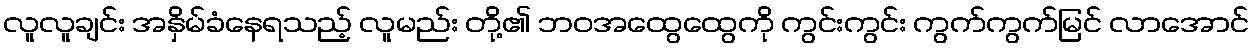
လူလူချင်း အနှိမ်ခံနေရသည့် လူမည်း တို့၏ ဘဝအထွေထွေကို ကွင်းကွင်း ကွက်ကွက်မြင် လာအောင်